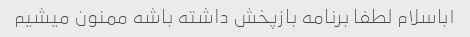
۱باسلام لطفا برنامه بازپخش داشته باشه ممنون میشیم